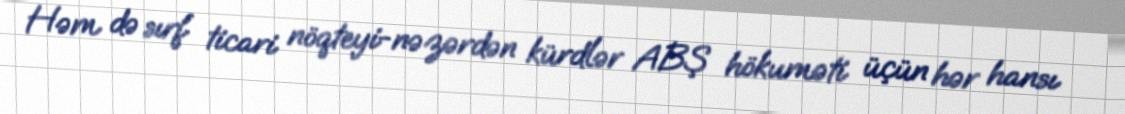
Həm də sırf ticari nöqteyi-nəzərdən kürdlər ABŞ hökuməti üçün hər hansı